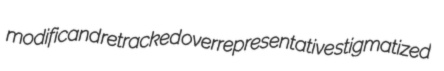
modificand retracked overrepresentative stigmatized